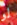
لو